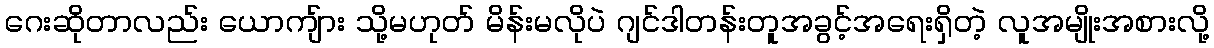
ဂေးဆိုတာလည်း ယောကျ်ား သို့မဟုတ် မိန်းမလိုပဲ ဂျင်ဒါတန်းတူအခွင့်အရေးရှိတဲ့ လူအမျိုးအစားလို့